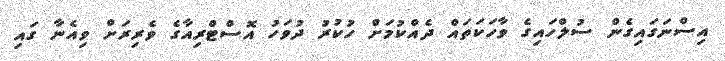
އިސްނަގައިގެން ސުލްހައިގެ ވާހަކަތައް ދެއްކުމަށް ހުކުރު ދުވަހު އޮސްޓްރިއާގެ ވެރިރަށް ވިއެނާ ގައި